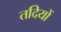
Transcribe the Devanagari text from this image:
तदियों